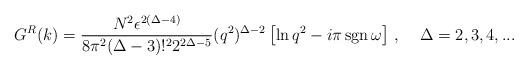
LaTeX: \begin{align*}G^R (k) = { N^2 \epsilon^{2(\Delta - 4 )}\over 8\pi^2(\Delta - 3)!^2 2^{2\Delta - 5} } (q^2)^{\Delta - 2}\left[ \ln{q^2} - i \pi\, \mbox{sgn}\, \omega\right]\,, \;\;\;\; \Delta = 2, 3, 4, ...\end{align*}